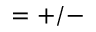
= + / -